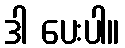
ဒါ ပေးပါ။